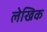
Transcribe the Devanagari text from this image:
लेखिक